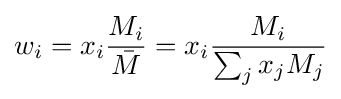
w_{i}=x_{i}{\frac {M_{i}}{\bar {M}}}=x_{i}{\frac {M_{i}}{\sum _{j}x_{j}M_{j}}}